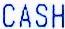
CASH